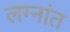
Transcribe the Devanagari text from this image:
लग्नांत